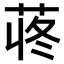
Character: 𫈍